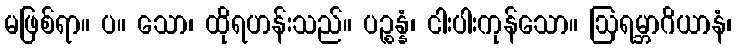
မဖြစ်ရာ။ ပ။ သော၊ ထိုရဟန်းသည်။ ပဉ္စန္နံ၊ ငါးပါးကုန်သော။ ဩရမ္ဘာဂိယာနံ၊